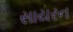
સાયરન